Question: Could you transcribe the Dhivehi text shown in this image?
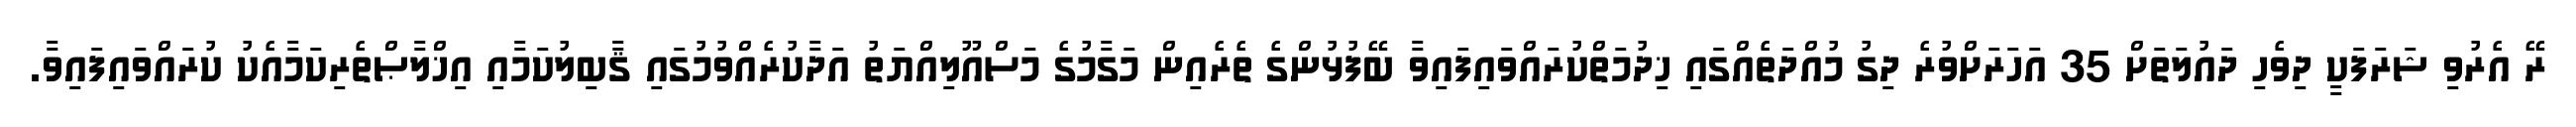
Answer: ރޭ އެރުވި ޝަރަފަކީ ދިވެހި ދައުލަތަށް 35 އަހަރަށްވުރެ ދިގު މުއްދަތެއްގައި ޚިދުމަތްކުރައްވައިފައިވާ ބޭފުޅުންގެ ތެރެއިން މަގާމުގެ މަސްއޫލިއްޔަތު އަދާކުރެއްވުމުގައި ޤާބިލުކަމާއި އިޚްލާޞްތެރިކަމާއެކު ކުރައްވައިފައިވާ.